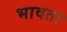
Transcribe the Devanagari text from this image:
भावता